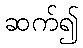
ဆက်၍